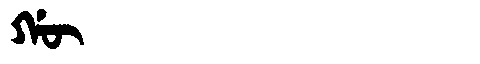
Manchu: ᡤᡡ
Romanization: GŪ